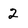
Character: 2